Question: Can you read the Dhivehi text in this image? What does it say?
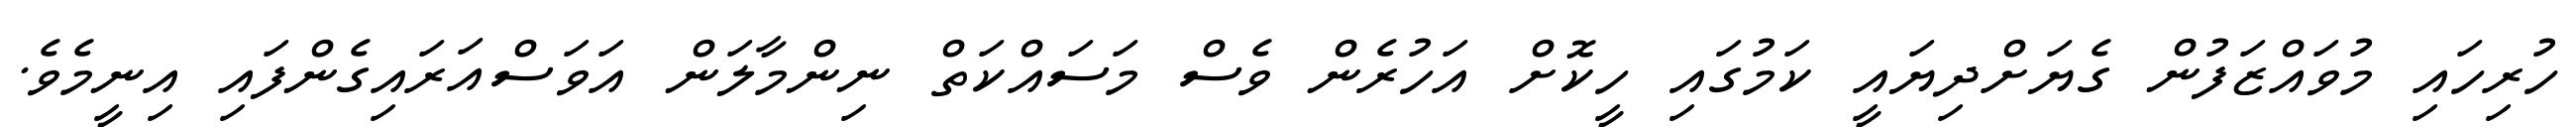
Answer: ހުރިހައި މުވައްޒަފުން ގެޔަށްދިޔައީ ކަމުގައި ހީކޮށް އަހުރެން ވެސް މަސައްކަތް ނިންމާލަން އަވަސްއަރައިގެންފައި އިނީމެވެ.